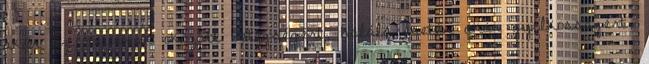
akár az anyának okozott betegségért, halála esetén akár gyilkosságért,